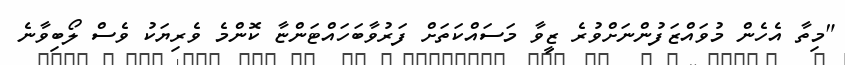
"މިތާ އެހެން މުވައްޒަފުންނަށްވުރެ ޒީވާ މަސައްކަތަށް ފަރުވާބަހައްޓަންޏާ ކޮންމެ ވެރިޔަކު ވެސް ލޯބިވާނެ